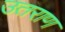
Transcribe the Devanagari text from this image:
उतराण